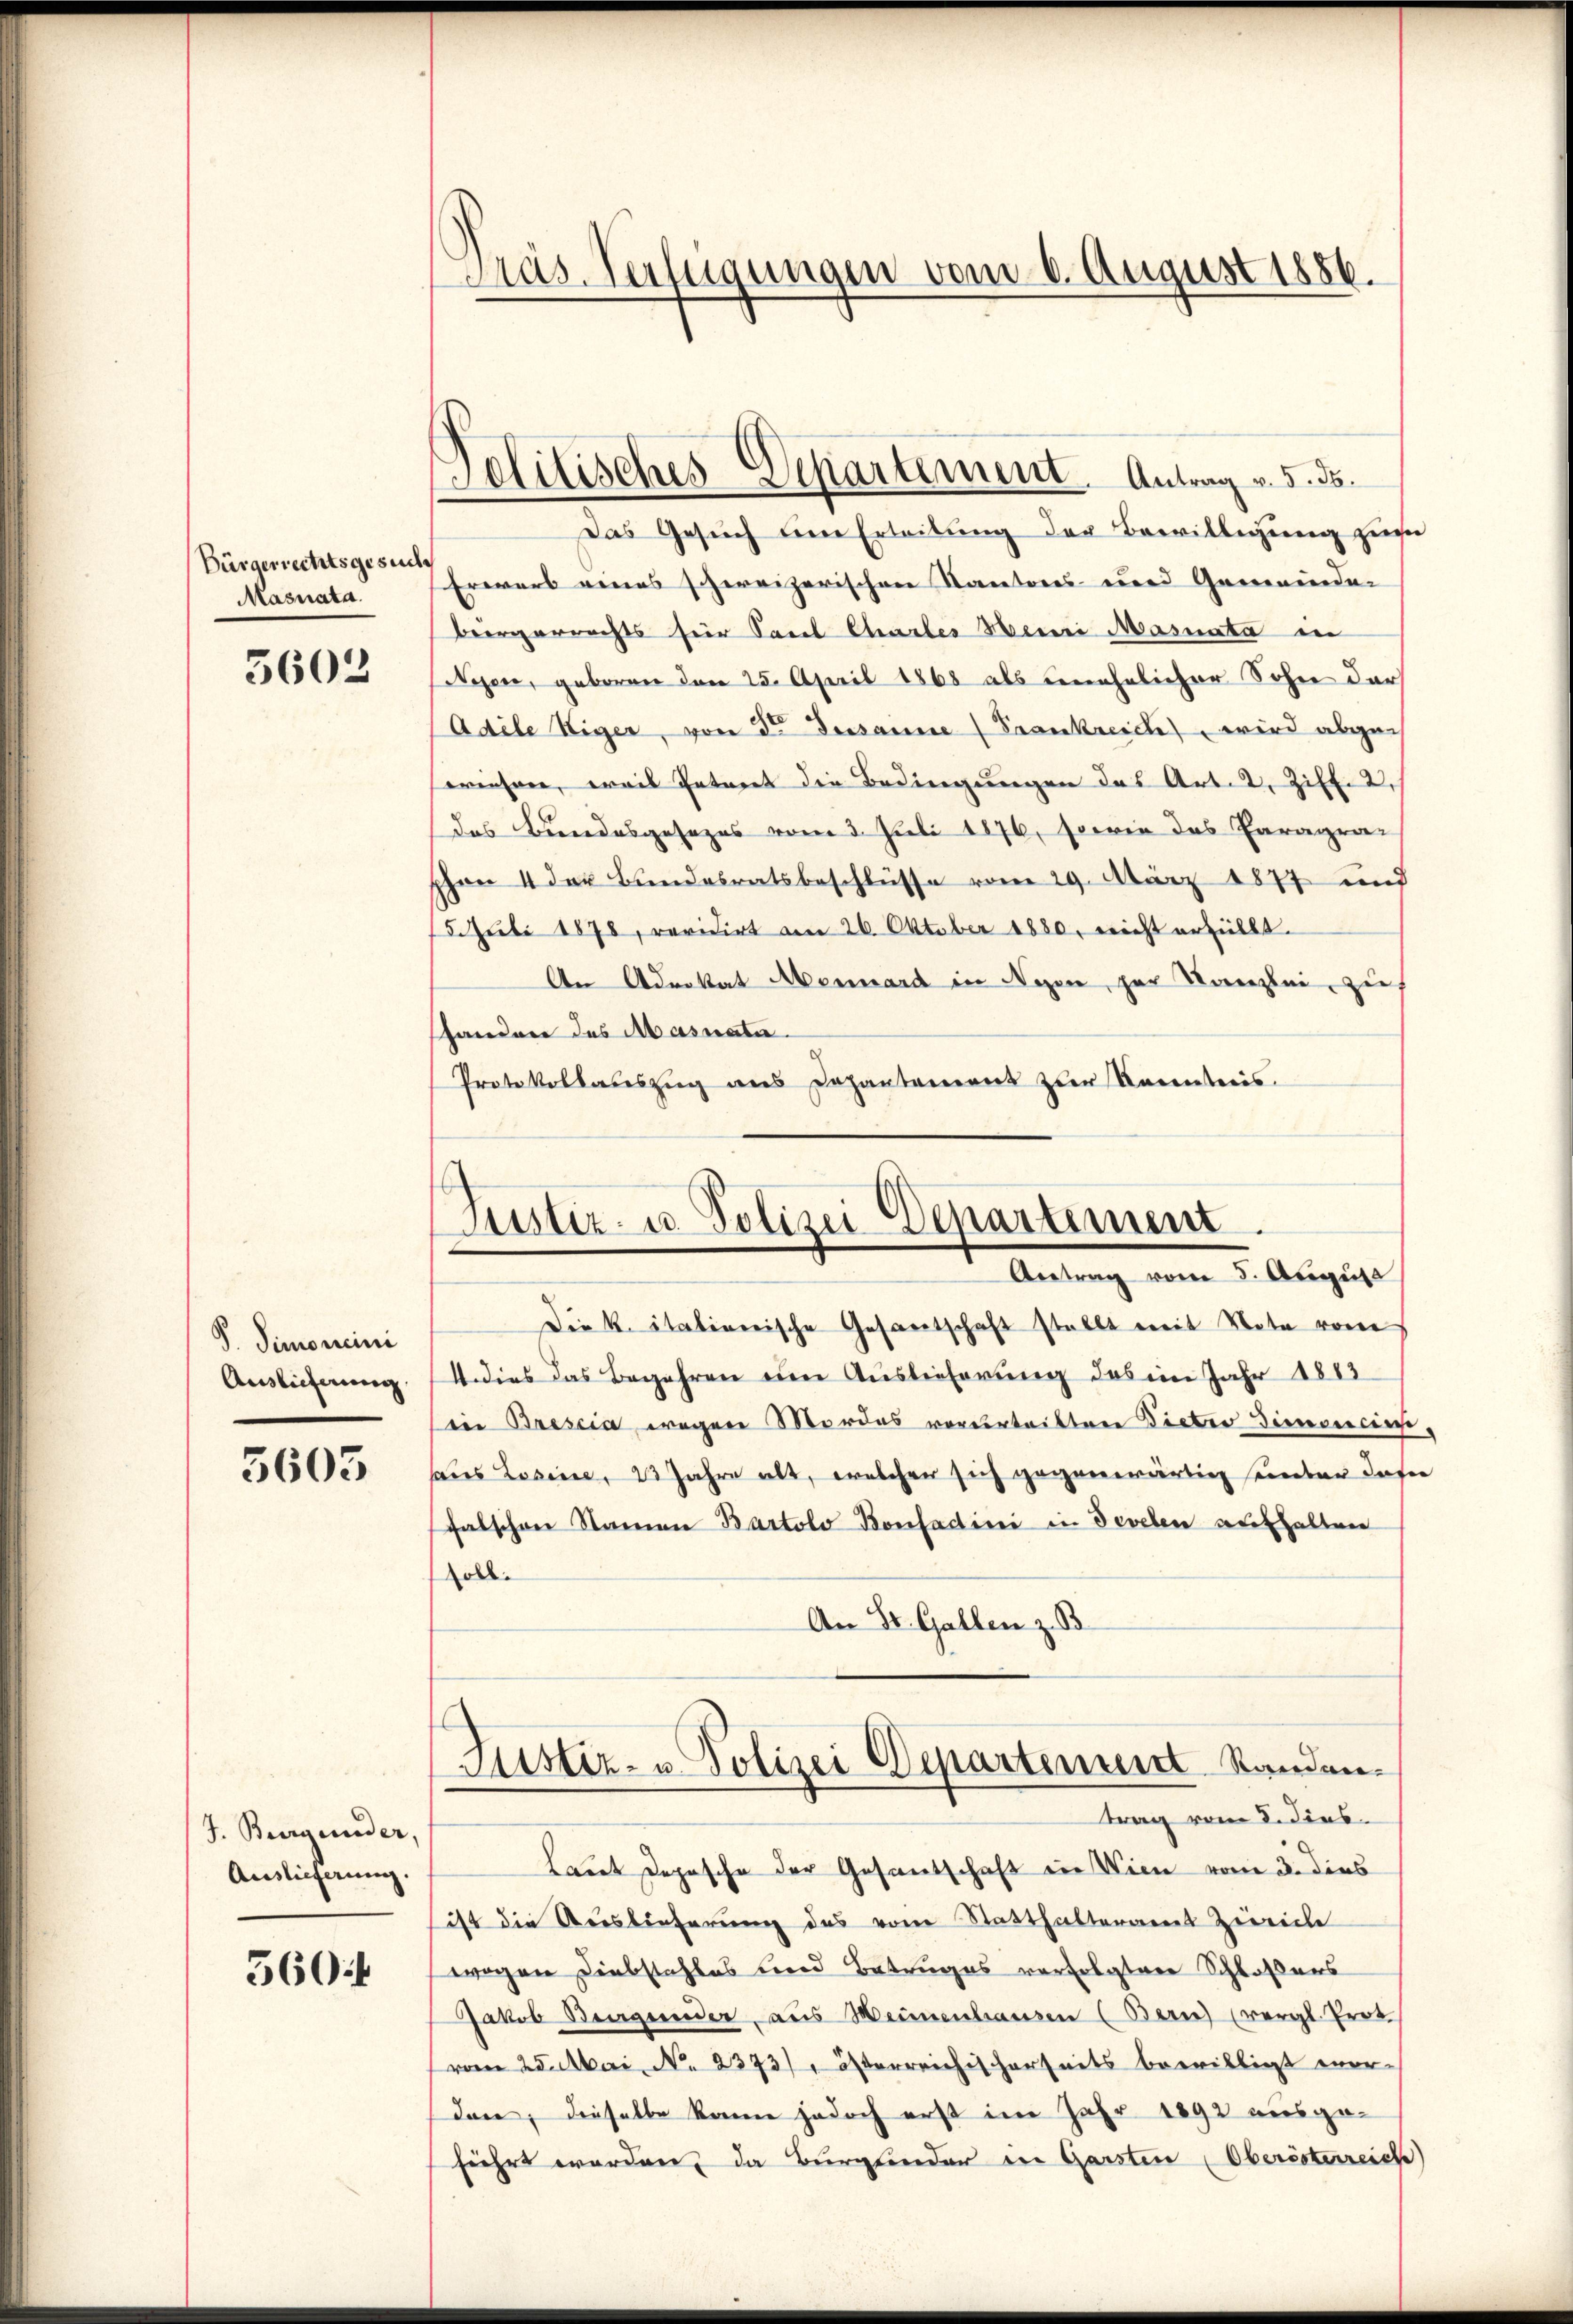
Bürgerrechtsgesuch
Masnata.

5602

S. Simoneini
Auslieferung

5605

J. Burgender,
Auslieferung.

560:

Präs. Verfügungen vom 6. August 1886.

Telitisches Departement. Antrag v. 5. 55.

Das Gesuch um Erteilung der Bewilligung zus
Erwart eines schweizerischen Kantones und Gemeinde-
Bergerrechts für Carl Chartes Henni Masnata in
Wesen, geboren den 25. April 1868 als unehelicher Sohn der
Adile Siger, von der Dessanne (Frankreide wird abge
eriesen, weil Entreet die Bedingungen das Art. 2, Ziff. 2.
das Beendesgesezes vom 3. Juli 1876, sowie das Paragra¬
Hhrn 4 der Bundesratsbeschlüsse vom 29. März 1877 und
15. Juli 1878, revidirt am 26. Oktober 1880, nicht erfüllt.
An Advokat Abernard in Nyon, zur Kanzlei zu
shanden des Masnatu.
Protokollauszug aus Dahantament zur Unentreis.

Justiz- u. Polizei Departement.
Antrag vom 5. August

die K. Italienische Gesantschaft stellt mit Note vom
4 dies das Begehren um Auslieferung das im Jahr 1883
in Brescia wegen Mordes verurteiltere Dieter Simonicirhaus Losine, 23 Jahre alt, welcher sich gegenwärtig senden dase
falschen Namen Bartolo Bonfadini in develen aufhalten
soll.
An St. Gallen z. B.
Justiz- u. Polizei Departement Standen.
trag vom 2. dies
Laut Depesche der Gesantschaft in Wien vom 3. dies
ist die Auslieferung des vom Statthalteramt Zeiche
wegen Diebstahles und Betruges verfolgten Schloßers
Jakob Bergender aus Meinenhausen (Bern) (vergl. Prot
vom 25. Mai, No. 2373), österreichischerseits bewilligt wer-
den, dieselbe kann jedoch erst im Jahr 1892 ausgeführt worden, da Burglieder in Garsten (Oberösterreich